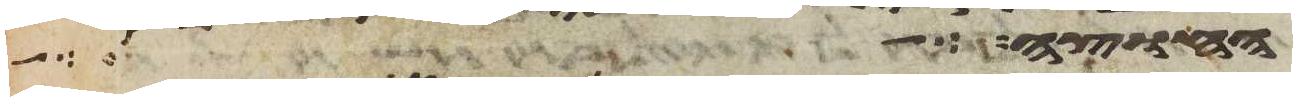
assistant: יהוה הדבר אליה אתה אל